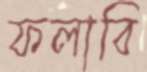
ফলাবি